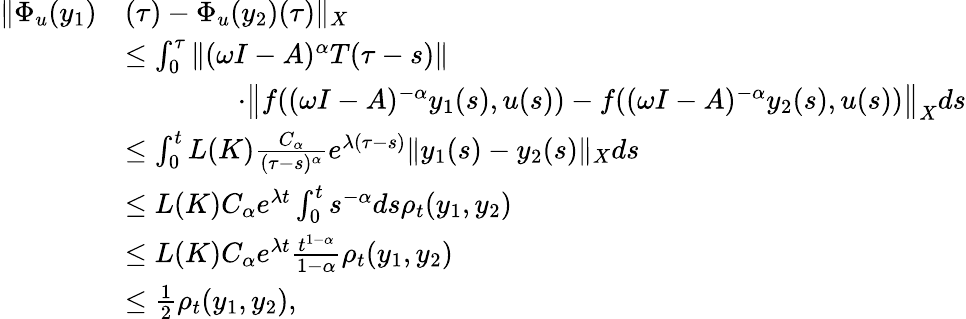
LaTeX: \begin{array}{rl}{\| \Phi_{u}(y_{1})}&{(\tau)-\Phi_{u}(y_{2})(\tau)\| _{X}}\\ &{\leq\int_{0}^{\tau}\| (\omega I-A)^{\alpha}T(\tau-s)\| }\\ &{\qquad\qquad\cdot\big\| f((\omega I-A)^{-\alpha}y_{1}(s),u(s))-f((\omega I-A)^{-\alpha}y_{2}(s),u(s))\big\| _{X}ds}\\ &{\leq\int_{0}^{t}L(K)\frac{C_{\alpha}}{(\tau-s)^{\alpha}}e^{\lambda(\tau-s)}\| y_{1}(s)-y_{2}(s)\| _{X}ds}\\ &{\leq L(K)C_{\alpha}e^{\lambda t}\int_{0}^{t}s^{-\alpha}ds\rho_{t}(y_{1},y_{2})}\\ &{\leq L(K)C_{\alpha}e^{\lambda t}\frac{t^{1-\alpha}}{1-\alpha}\rho_{t}(y_{1},y_{2})}\\ &{\leq\frac{1}{2}\rho_{t}(y_{1},y_{2}),}\end{array}